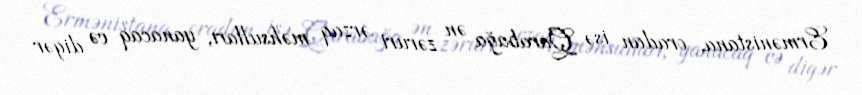
Ermənistana, oradan isə Qarabağa ən zəruri ərzaq məhsulları, yanacaq və digər